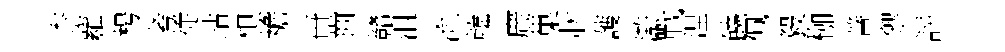
柰蘿枵考従玷想襜卋齒贛沮流韓廣巢狀䕶滸戰涅饒佩毅枷善禦評